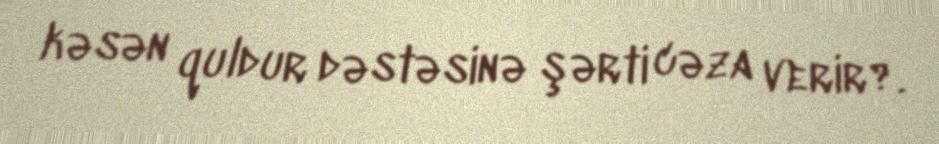
kəsən quldur dəstəsinə şərti cəza verir?.